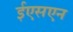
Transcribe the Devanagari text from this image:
ईएसएन